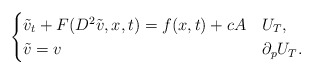
\begin{align*}\begin{cases}\tilde{v}_{t}+F(D^{2}\tilde{v}, x, t)=f(x,t)+cA & U_{T},\\\tilde{v}=v & \partial_{p}U_{T}.\end{cases}\end{align*}